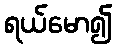
ရယ်မော၍